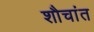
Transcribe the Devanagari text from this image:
शौचांत